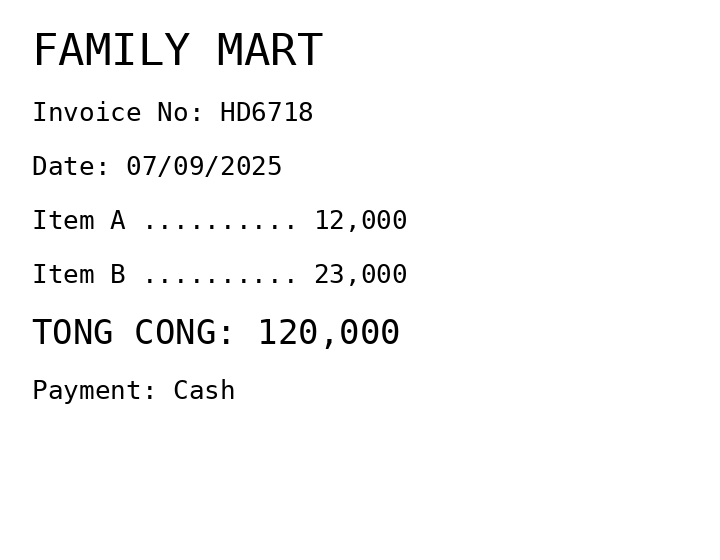
FAMILY MART
Invoice No: HD6718
Date: 07/09/2025
Item A .......... 12,000
Item B .......... 23,000
TONG CONG: 120,000
Payment: Cash
Merchant: family mart
Date: 2025-09-07
Total: 120000
Invoice No: HD6718
Payment method: CASH